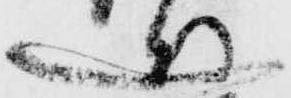
匠